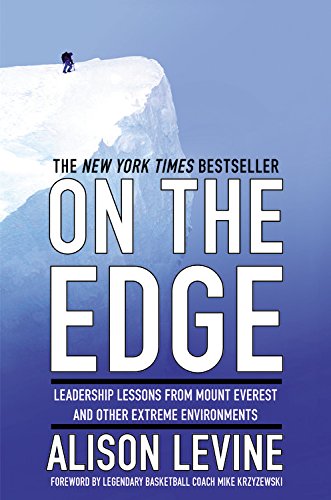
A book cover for On the Edge: Leadership Lessons from Mount Everest and Other Extreme Environments; Alison Levine; Business & Money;